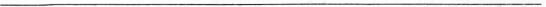
___